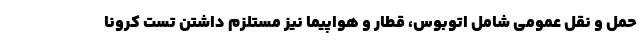
حمل و نقل عمومی شامل اتوبوس، قطار و هواپیما نیز مستلزم داشتن تست کرونا